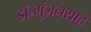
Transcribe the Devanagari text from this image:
डॉ॰गुंजनशाह